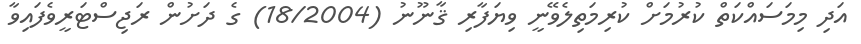
އަދި މިމަސައްކަތް ކުރުމަށް ކުރިމަތިލެވޭނީ ވިޔަފާރި ޤާނޫނު (18/2004) ގެ ދަށުން ރަޖިސްޓަރީވެފައިވާ